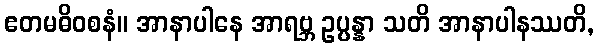
ဧတမဓိဝစနံ။ အာနာပါနေ အာရဗ္ဘ ဥပ္ပန္နာ သတိ အာနာပါနဿတိ,